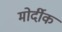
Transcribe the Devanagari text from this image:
मोर्दीक